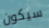
سيكون